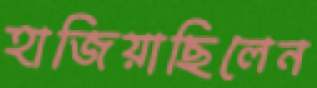
হাজিয়াছিলেন